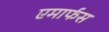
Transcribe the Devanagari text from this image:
एमार्फस